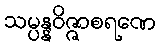
သမ္ပန္နဝိဇ္ဇာစရဏေ